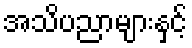
အသိပညာများနှင့်